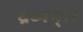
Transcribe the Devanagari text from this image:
द्रव्यम्।।